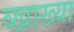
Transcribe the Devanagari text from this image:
व्खाख्या